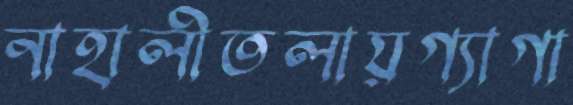
নাহালীতলায়গ্যাগা